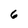
Character: 6